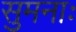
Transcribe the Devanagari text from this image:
सुमनाः